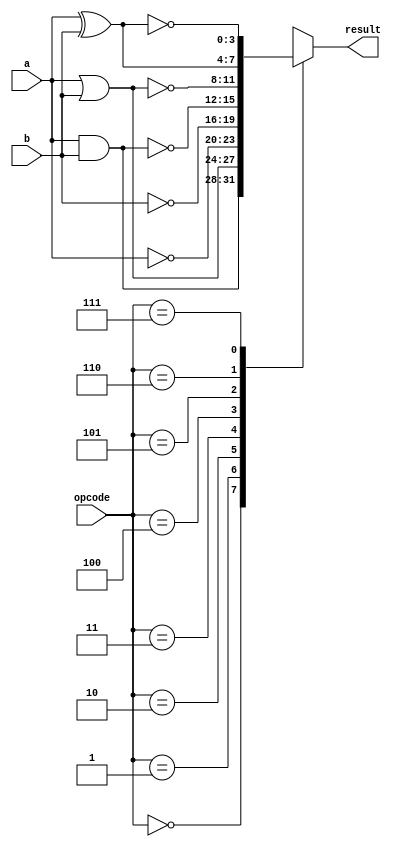
module combinational_logic_asic (
    input  wire [3:0] a,        // 4-bit input signal A
    input  wire [3:0] b,        // 4-bit input signal B
    input  wire [2:0] opcode,    // Control signal to select operation
    output wire [3:0] result     // 4-bit output result
);

    // Define operation codes
    localparam AND_OP  = 3'b000;
    localparam OR_OP   = 3'b001;
    localparam NOT_A   = 3'b010; // NOT operation on A
    localparam NOT_B   = 3'b011; // NOT operation on B
    localparam NAND_OP = 3'b100;
    localparam NOR_OP  = 3'b101;
    localparam XOR_OP  = 3'b110;
    localparam XNOR_OP = 3'b111;

    // Intermediate result wires for each operation
    wire [3:0] and_result;
    wire [3:0] or_result;
    wire [3:0] not_a_result;
    wire [3:0] not_b_result;
    wire [3:0] nand_result;
    wire [3:0] nor_result;
    wire [3:0] xor_result;
    wire [3:0] xnor_result;

    // Logic operations
    assign and_result = a & b;    // AND operation
    assign or_result  = a | b;    // OR operation
    assign not_a_result = ~a;      // NOT operation on A
    assign not_b_result = ~b;      // NOT operation on B
    assign nand_result = ~(a & b); // NAND operation
    assign nor_result  = ~(a | b); // NOR operation
    assign xor_result  = a ^ b;    // XOR operation
    assign xnor_result = ~(a ^ b);  // XNOR operation

    // Multiplexer to select the appropriate result based on opcode
    always @(*) begin
        case (opcode)
            AND_OP:  result = and_result;
            OR_OP:   result = or_result;
            NOT_A:   result = not_a_result;
            NOT_B:   result = not_b_result;
            NAND_OP: result = nand_result;
            NOR_OP:  result = nor_result;
            XOR_OP:  result = xor_result;
            XNOR_OP: result = xnor_result;
            default: result = 4'b0000; // Default case
        endcase
    end

endmodule